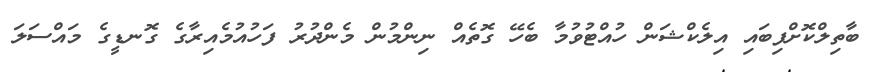
ބާތިލްކޮށްފިބައި އިލެކްޝަން ހުއްޓުވުމާ ބެހޭ ގޮތެއް ނިންމުން މެންދުރު ފަހުއުމެއިރާގެ ގޮނޑީގެ މައްސަލަ